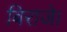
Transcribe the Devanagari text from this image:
बिराजे।